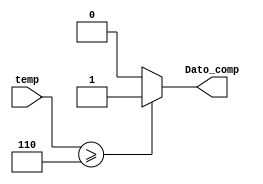
`timescale 1ns / 1ps
//////////////////////////////////////////////////////////////////////////////////
// Company: 
// Engineer: 
// 
// Design Name: 
// Module Name:    Comparador_T30 
// Project Name: 
// Target Devices: 
// Tool versions: 
// Description: 
//
// Dependencies: 
//
// Revision: 
// Revision 0.01 - File Created
// Additional Comments: 
//
//////////////////////////////////////////////////////////////////////////////////
module Comparador_T30(
	input wire [2:0] temp,
	output reg Dato_comp 
    );

localparam temp30 = 3'b110;
	 
	 always @*
		 
		 if (temp >= temp30)
		 
			Dato_comp <= 1'b1;
			
		else 
			Dato_comp <= 1'b0;
			 

endmodule